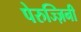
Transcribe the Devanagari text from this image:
पेरुज्ज़िनी